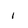
Character: 1